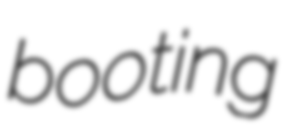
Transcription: booting